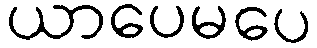
ယာပေမပေ